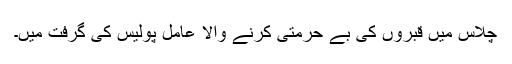
چلاس میں قبروں کی بے حُرمتی کرنے والا عامل پولیس کی گرفت میں۔